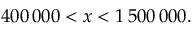
4 0 0 \, 0 0 0 < x < 1 \, 5 0 0 \, 0 0 0 .